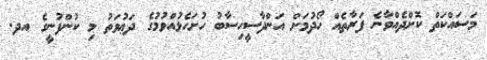
މަސައްކަތް ކޮށްދެއްވާނެ ފަރާތެއް ހޯދުމަށް އަންދާސީހިސާބު ހުށަހެޅުއްވުމުގެ ދަޢުވަތު މި ކުންފުނީގެ އދ.